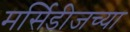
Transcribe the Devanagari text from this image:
मर्सिडीजच्या